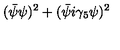
( \bar { \psi } \psi ) ^ { 2 } + ( \bar { \psi } i \gamma _ { 5 } \psi ) ^ { 2 }